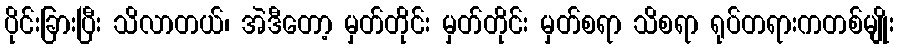
ပိုင်းခြားပြီး သိလာတယ်၊ အဲဒီတော့ မှတ်တိုင်း မှတ်တိုင်း မှတ်စရာ သိစရာ ရုပ်တရားကတစ်မျိုး